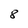
Character: 8